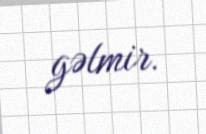
gəlmir.